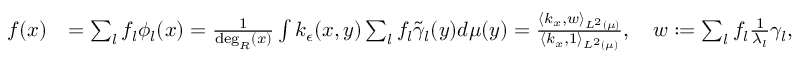
\begin{array} { r l } { f ( x ) } & { = \sum _ { l } f _ { l } \phi _ { l } ( x ) = \frac { 1 } { \deg _ { R } ( x ) } \int k _ { \epsilon } ( x , y ) \sum _ { l } f _ { l } \tilde { \gamma } _ { l } ( y ) d \mu ( y ) = \frac { \langle k _ { x } , w \rangle _ { L ^ { 2 } ( \mu ) } } { \langle k _ { x } , 1 \rangle _ { L ^ { 2 } ( \mu ) } } , \quad w : = \sum _ { l } f _ { l } \frac { 1 } { \lambda _ { l } } \gamma _ { l } , } \end{array}